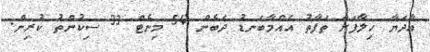
އާދަޔާ ހިލާފަށް ތަފާތު އެއްމާބަނޑު ދެބެން 54 މިނެޓް 33 ސިކުންތު ކުރިން.